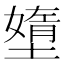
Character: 𱘂